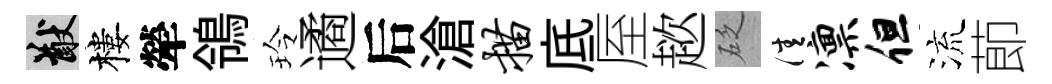
猷樓犖鴒玲遹后滄描底厔趑砭佳凛但流莭